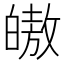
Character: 𭽠